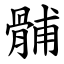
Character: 䯙